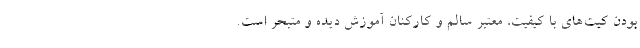
بودن کیت‌های با کیفیت، معتبر سالم و کارکنان آموزش دیده و متبحر است.